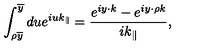
\int _ { \rho \overline { { y } } } ^ { \overline { { y } } } d u e ^ { i u k _ { \parallel } } = \frac { e ^ { i y \cdot k } - e ^ { i y \cdot \rho k } } { i k _ { \parallel } } ,